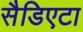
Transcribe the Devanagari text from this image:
सैडिएटा